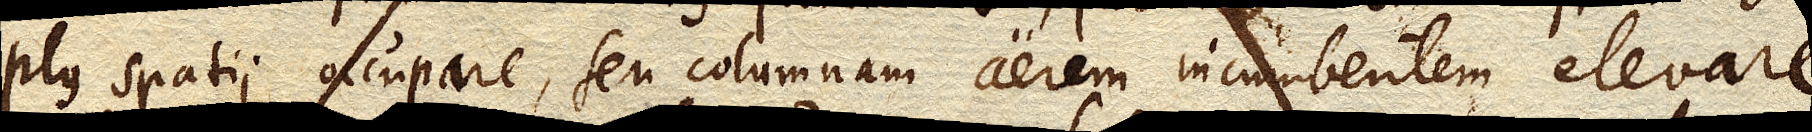
plus spatii occupare, seu columnam aerem incumbentem elevare.